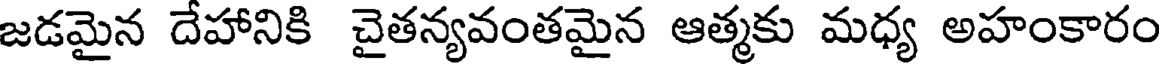
జడమైన దేహానికి చైతన్యవంతమైన ఆత్మకు మధ్య అహంకారం